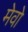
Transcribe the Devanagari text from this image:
मेवो